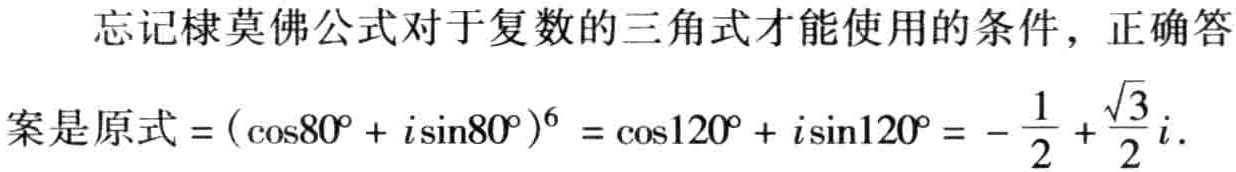
忘记棣莫佛公式对于复数的三角式才能使用的条件，正确答案是原式\(=(\cos80^{\circ}+i\sin80^{\circ})^{6}=\cos120^{\circ}+i\sin120^{\circ}=-\frac{1}{2}+\frac{\sqrt{3}}{2}i\).